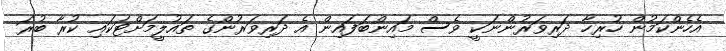
އެހެންކަމުން ހުރިހާ ދަރިވަރުންނަކީ ވެސް މައިންބަފައިން އެ ދަރިވަރުންގެ ތައުލީމަށްޓަކައި ކުރާ ބުރަ